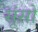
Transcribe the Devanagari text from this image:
सूंसो